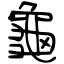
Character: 龜